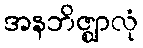
အနဘိဇ္ဈာလုံ